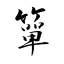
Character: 簞